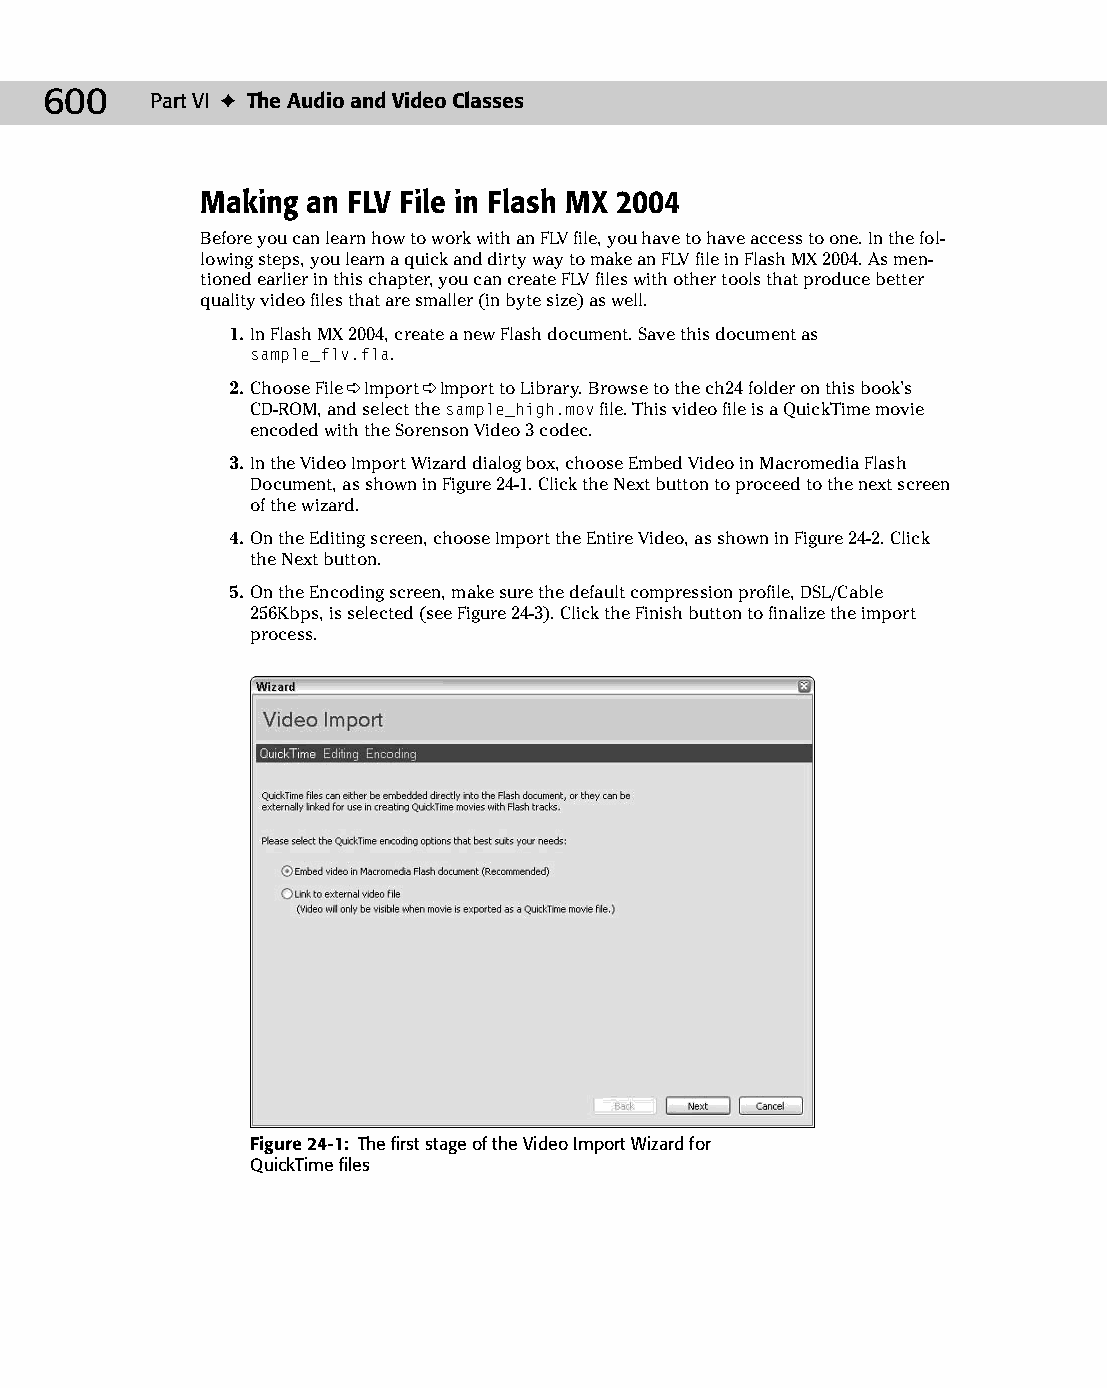
31 543547 ch24.qxd 3/24/04 4:09 PM Page 600
 600    Part VI ✦ The Audio and Video Classes
 Making an FLV File in Flash MX 2004
 Before you can learn how to work with an FLV file, you have to have access to one. In the fol­
 lowing steps, you learn a quick and dirty way to make an FLV file in Flash MX 2004. As men­
 tioned earlier in this chapter, you can create FLV files with other tools that produce better
 quality video files that are smaller (in byte size) as well.
 1. In Flash MX 2004, create a new Flash document. Save this document as
 sample_flv.fla.
 2. Choose File ➪ Import ➪ Import to Library. Browse to the ch24 folder on this book’s
 CD-ROM, and select the sample_high.mov file. This video file is a QuickTime movie
 encoded with the Sorenson Video 3 codec.
 3. In the Video Import Wizard dialog box, choose Embed Video in Macromedia Flash
 Document, as shown in Figure 24-1. Click the Next button to proceed to the next screen
 of the wizard.
 4. On the Editing screen, choose Import the Entire Video, as shown in Figure 24-2. Click
 the Next button.
 5. On the Encoding screen, make sure the default compression profile, DSL/Cable
 256Kbps, is selected (see Figure 24-3). Click the Finish button to finalize the import
 process.
 Figure 24-1: The first stage of the Video Import Wizard for
 QuickTime files